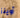
أوينز